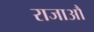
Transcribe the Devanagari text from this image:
राजाऔ